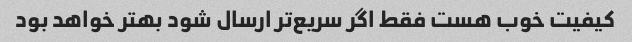
کیفیت خوب هست فقط اگر سریع‌تر ارسال شود بهتر خواهد بود